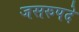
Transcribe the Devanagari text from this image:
जसरुपदे